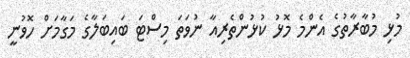
މުޅި މުބާރާތުގެ އެންމެ މޮޅު ކުޅުންތެރިއާ ނުވަތަ މިސްޓަ ބައިބަލާގެ މަގާމަށް ހޮވުނީ